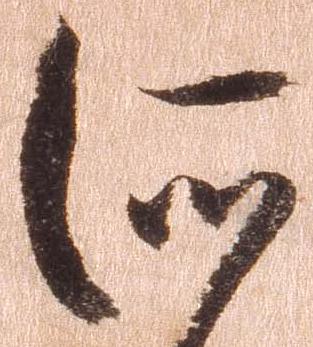
所